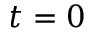
t = 0